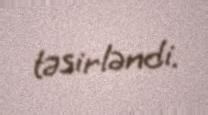
təsirləndi.